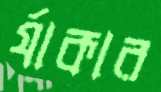
র‍্যাকার